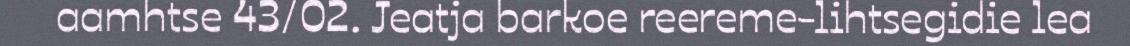
aamhtse 43/02. Jeatja barkoe reereme-lihtsegidie lea